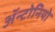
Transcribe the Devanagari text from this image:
ॲन्टोनियो